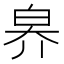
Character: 𤽟